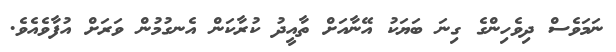
ނަމަވެސް ދިވެހިންގެ ގިނަ ބަޔަކު އޭނާއަށް ތާއީދު ކުރާކަން އެނގުމުން ވަރަށް އުފާވެއެވެ.